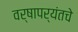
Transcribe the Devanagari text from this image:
वर्षापर्यंतचे